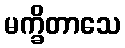
မက္ခိတာသေ